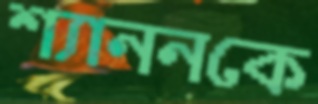
শ্যাননকে